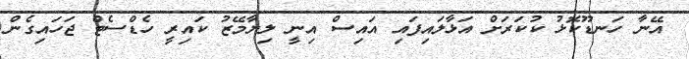
އޭނާ ހަނޑޫކޮޅު ކުކަރަށް އަޅާލައިފައި އައިސް އިނީ ލިޔާމޭޒު ކައިރީ ހެޑްސެޓް ޖަހައިގެން